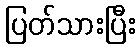
ပြတ်သားပြီး